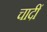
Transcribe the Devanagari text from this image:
चादीं